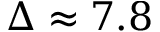
\Delta \approx 7 . 8